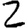
Digit: 2